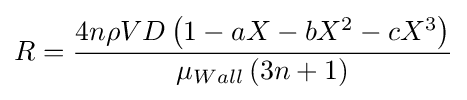
R={\frac {4n\rho VD\left(1-aX-bX^{2}-cX^{3}\right)}{\mu _{Wall}\left(3n+1\right)}}